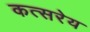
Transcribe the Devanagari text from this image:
कत्सरेय